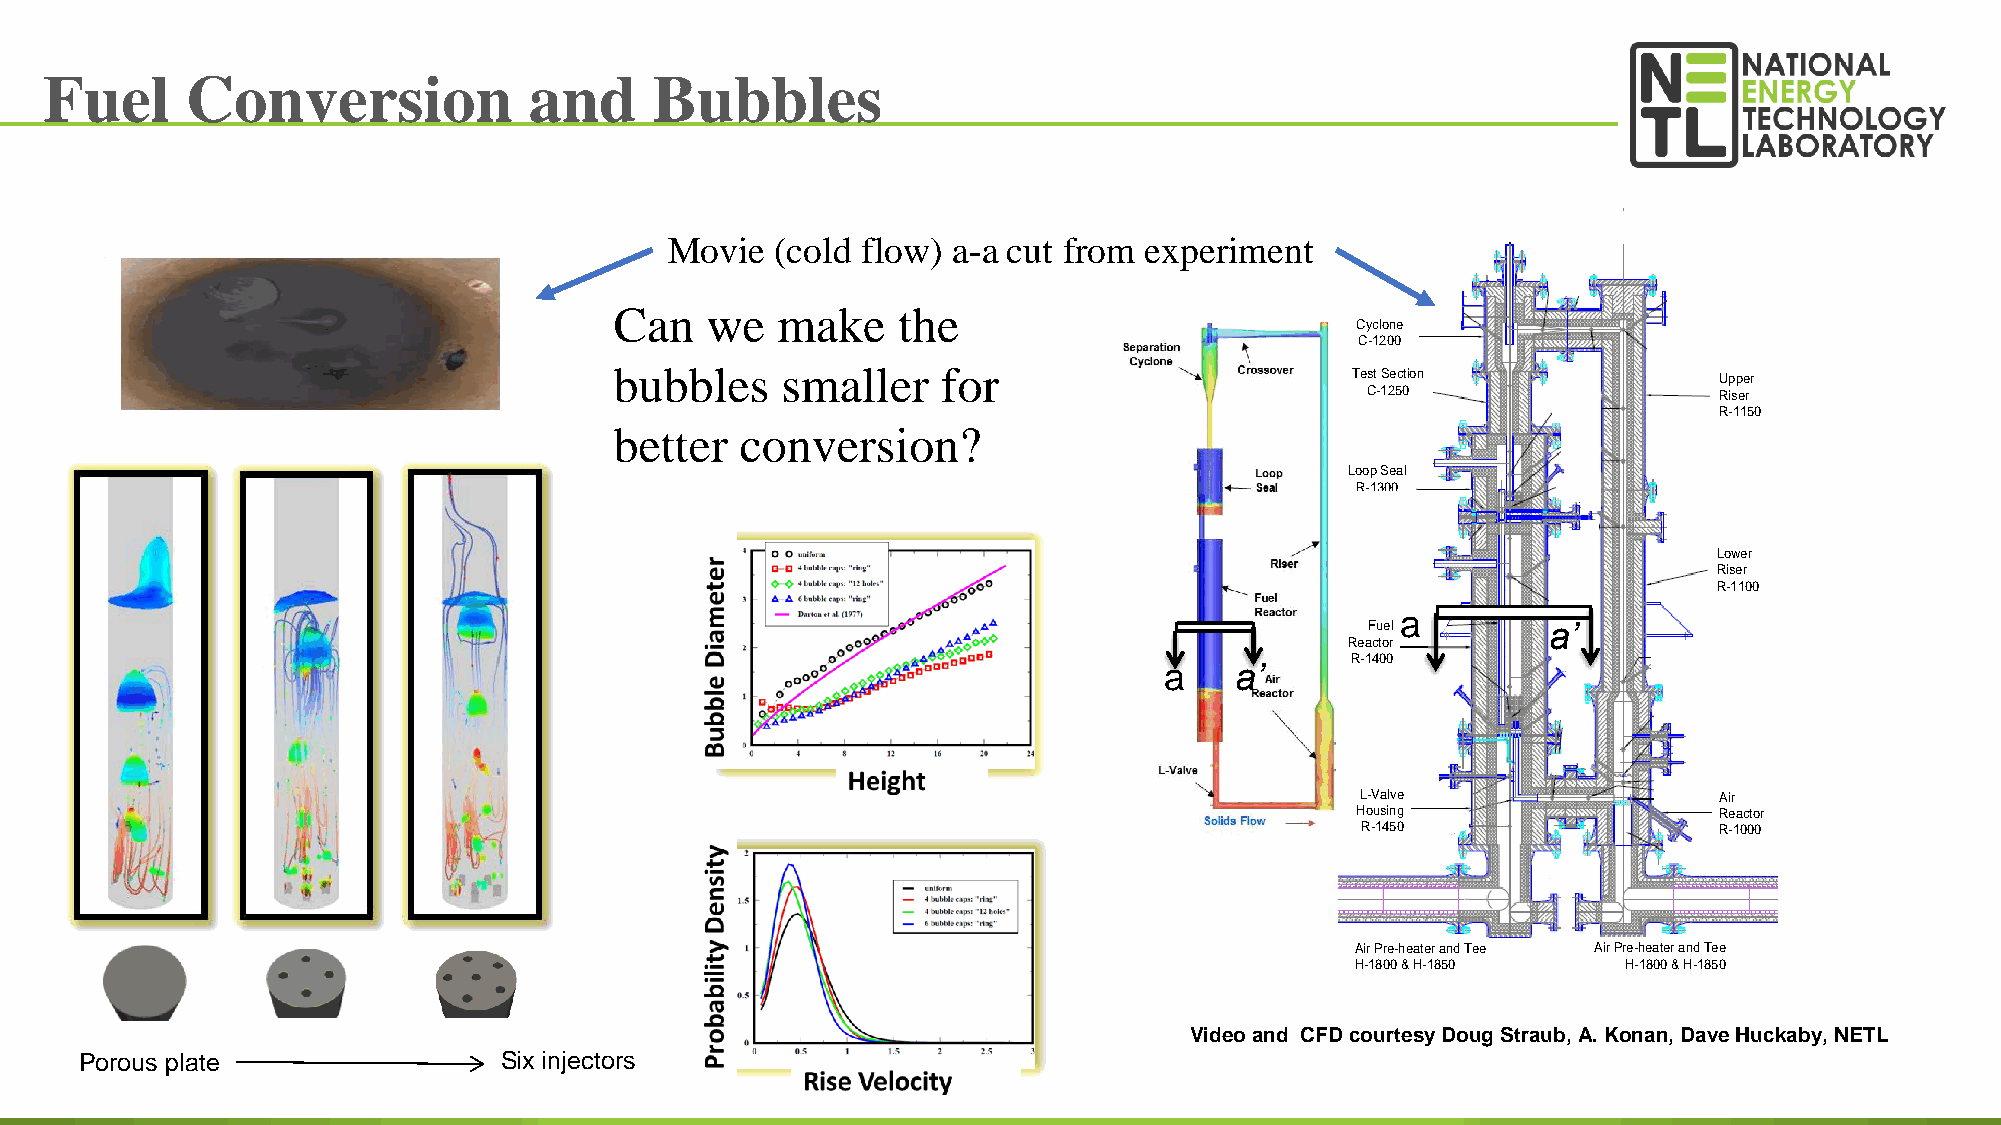
Fuel     Conversion             and     Bubbles
 Movie  (cold flow) a-a cut from experiment
 Can   we  make    the
 Cyclone
 C-1200
 bubbles    smaller   for                        Test Section             Upper
 C-1250                  Riser
 R-1150
 better  conversion?
 Loop Seal
 R-1300
 Lower
 Riser
 R-1100
 a
 Fuel        a’
 Reactor
 R-1400
 a    a’
 L-Valve                 Air
 Housing                 Reactor
 R-1450                  R-1000
 Air Pre-heater and Tee Air Pre-heater and Tee
 H-1800 & H-1850   H-1800 & H-1850
 Video and CFD courtesy Doug Straub, A. Konan, Dave Huckaby, NETL
 Porous plate                Six injectors
 84